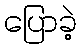
ပြောခဲ့